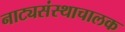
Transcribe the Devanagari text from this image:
नाट्यसंस्थाचालक